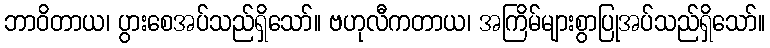
ဘာဝိတာယ၊ ပွားစေအပ်သည်ရှိသော်။ ဗဟုလီကတာယ၊ အကြိမ်များစွာပြုအပ်သည်ရှိသော်။